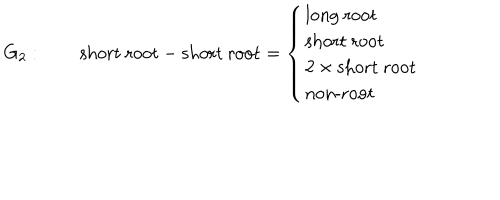
G _ { 2 } : \qquad \mathrm { s h o r t ~ r o o t } - \mathrm { s h o r t ~ r o o t } = \left\{ \begin{array} { l } { { \mathrm { l o n g ~ r o o t } } } \\ { { \mathrm { s h o r t ~ r o o t } } } \\ { { 2 \times \mathrm { s h o r t ~ r o o t } } } \\ { { \mathrm { n o n - r o o t } } } \\ \end{array} \right.